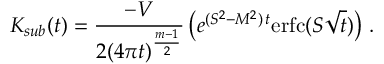
K _ { s u b } ( t ) = \frac { - V } { 2 ( 4 \pi t ) ^ { \frac { m - 1 } 2 } } \left( e ^ { ( S ^ { 2 } - M ^ { 2 } ) \, t } \mathrm { e r f c } ( S \sqrt t ) \right) \, .